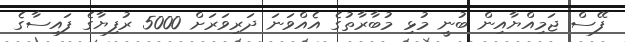
ފޭސް ޖަމިއްޔާއިން ބުނީ މުޅި މުބާރާތުގެ އެއްވަނަ ދަރިވަރަށް 5000 ރުފިޔާގެ ފައިސާގެ